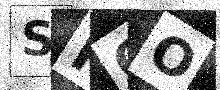
Text: SKQO